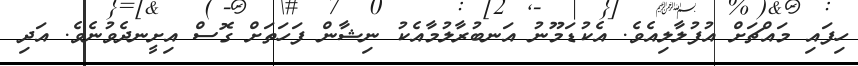
ހިފައި މައްޗަށް އުފުލާލިއެވެ. އެކުޑަމޫނު އަނބުރާލުމާއެކު ނިޝާން ފަހަތަށް ގޮސް އިށީނދެވުނެވެ. އަދި